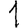
Digit: 1